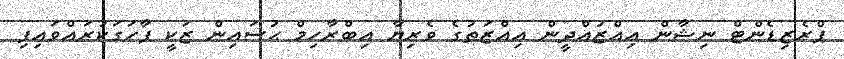
ޕްރެޒިޑެންޓް ނިޝާން ޢިއްޒުއްދީން ޢިއްޒަތުގެ ވެރިޔާ އިބްރާހިމް ޙުސައިން ޒަކީ ފާހަގަކުރައްވައިފި